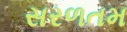
સરળતમ